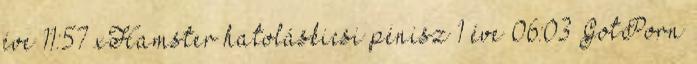
éve 11:57 xHamster hatoláskicsi pénisz 1 éve 06:03 GotPorn